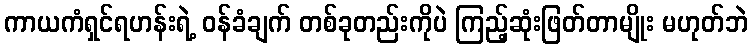
ကာယကံရှင်ရဟန်းရဲ့ ဝန်ခံချက် တစ်ခုတည်းကိုပဲ ကြည့်ဆုံးဖြတ်တာမျိုး မဟုတ်ဘဲ